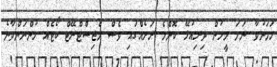
ހަމަނުވާ ނަމަ މީހުން ދިރިއުޅޭ ކޮންމެ ރަށެއްގައި ވެސް މެޖިސްޓްރޭޓް ކޯޓެއް ހުންނަންވާނެ